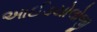
આઈડયોલોજી